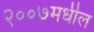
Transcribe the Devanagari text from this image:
२००७मधील